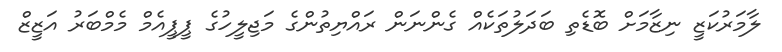
ލާމަރުކަޒީ ނިޒާމަށް ބޮޑެތި ބަދަލުތަކެއް ގެންނަން ރައްޔިތުންގެ މަޖިލީހުގެ ޕީޕީއެމް މެމްބަރު އަޒީޒް